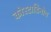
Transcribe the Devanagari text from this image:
कोस्टाडिनोव